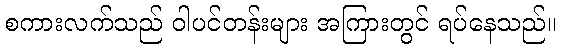
စကားလက်သည် ဝါပင်တန်းများ အကြားတွင် ရပ်နေသည်။